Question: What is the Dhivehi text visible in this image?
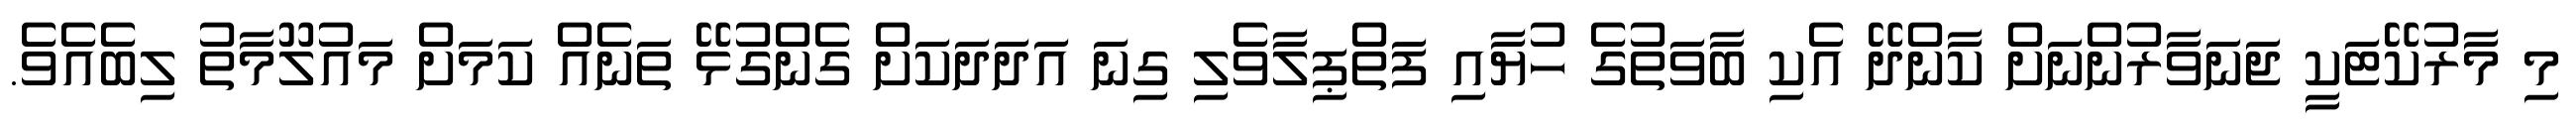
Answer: މި މާރުކޭޓަކީ ޖަނަވާރުންނަށް ކާންދޭ އެކި ބާވަތުގެ ހުޔާއި ފަތްޕިލާވެލި ގިނަ އަދަދަކަށް ގެންގުޅޭ ތަނެއް ކަމަށް މައުލޫމާތު ލިބެއެވެ.